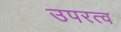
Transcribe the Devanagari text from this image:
उपरत्व